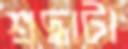
শ্রদ্ধাটা